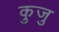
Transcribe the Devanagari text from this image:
कुजु